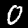
Label: 0